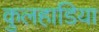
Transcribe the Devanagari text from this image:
कुलहाडिया